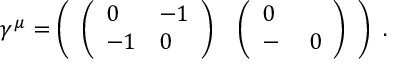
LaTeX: \gamma ^ { \mu } = \left( \begin{array} { l l } { { \left( \begin{array} { l l } { { 0 } } & { { - 1 } } \\ { { - 1 } } & { { 0 } } \end{array} \right) } } & { { \left( \begin{array} { l l } { { 0 } } & { { \mathbf { \sigma } } } \\ { { - \mathbf { \sigma } } } & { { 0 } } \end{array} \right) } } \end{array} \right) \ .